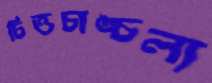
চিত্তচাঙ্চল্য